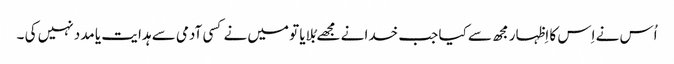
اُس نے اِس کا اِظہار مجھ سے کیا جب خدا نے مجھے بُلایا تو میں نے کسی آدمی سے ہدا یت یا مدد نہیں کی ۔